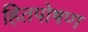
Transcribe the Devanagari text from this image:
हितपोषण